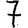
Digit: 7